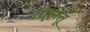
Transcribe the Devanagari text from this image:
तालेतू